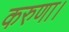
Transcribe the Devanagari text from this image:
करुणा।